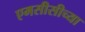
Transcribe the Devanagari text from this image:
एमसीसीच्या